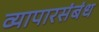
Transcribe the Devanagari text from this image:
व्यापारसंबंध